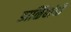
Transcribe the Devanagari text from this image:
डाळिंबांची